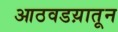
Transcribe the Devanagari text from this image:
आठवडय़ातून